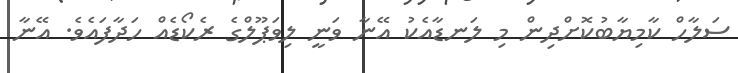
ސަލާހް ކާމިޔާބުކޮށްދިން މި ލަނޑާއެކު އޭނާ ވަނީ ލިވަޕޫލްގެ ރެކޯޑެއް ހަދާފައެވެ. އޭނާ